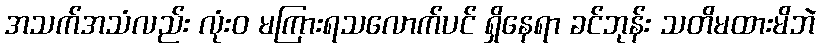
အသက်အသံလည်း လုံးဝ မကြားရသလောက်ပင် ရှိနေရာ ခင်ဘုန်း သတိမထားမိဘဲ